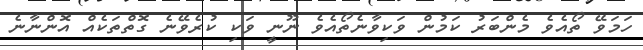
ހަމަވޭ ތޯއެވެ މެންބަރު ކަމުން ވަކިވާނެތޯއެވެ ނޫނީ ވަކި ކުރެވޭނެ ގޮތްތަކެއް އޮންނާނެ